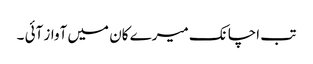
تب اچانک میرے کان میں آواز آئی ۔